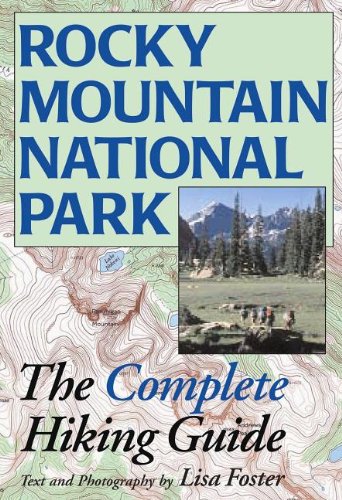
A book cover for Rocky Mountain National Park: The Complete Hiking Guide; Lisa Foster; Sports & Outdoors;